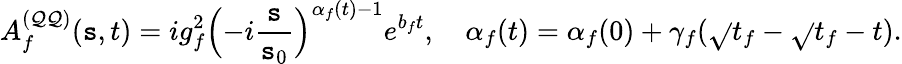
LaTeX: A_{f}^{(\mathcal{Q}\mathcal{Q})}(\mathtt{s},t)=ig_{f}^{2}\Bigl(-i\frac{{\mathtt{s}}}{{\mathtt{s}_{0}}}\Bigr)^{\alpha_{f}(t)-1}e^{b_{f}t},\quad\alpha_{f}(t)=\alpha_{f}(0)+\gamma_{f}(\sqrt{}{{t_{f}}}-\sqrt{}{{t_{f}-t}}).